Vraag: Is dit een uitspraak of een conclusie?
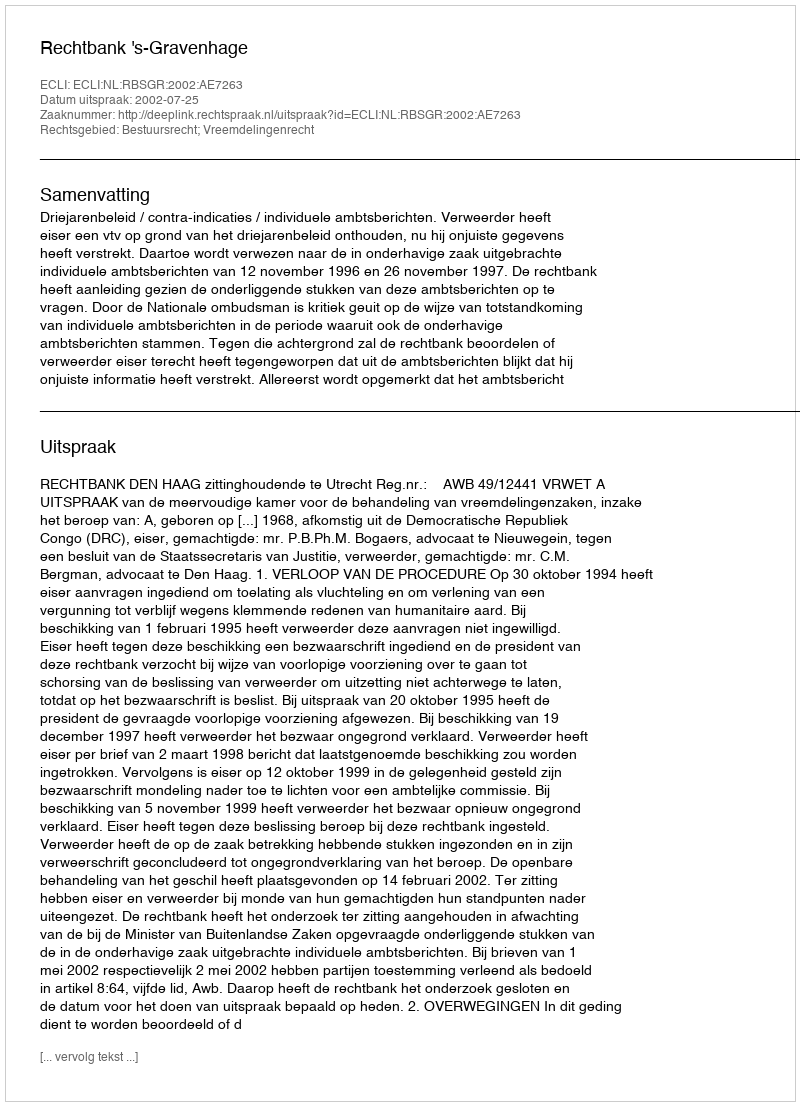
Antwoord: Uitspraak